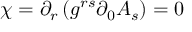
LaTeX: \chi = \partial _ { r } \left( g ^ { r s } \partial _ { 0 } A _ { s } \right) = 0